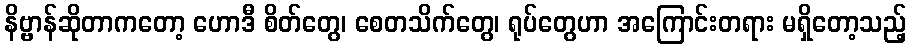
နိဗ္ဗာန်ဆိုတာကတော့ ဟောဒီ စိတ်တွေ၊ စေတသိက်တွေ၊ ရုပ်တွေဟာ အကြောင်းတရား မရှိတော့သည့်